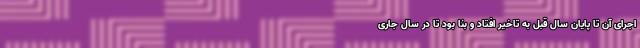
اجرای آن تا پایان سال قبل به تاخیر افتاد و بنا بود تا در سال جاری